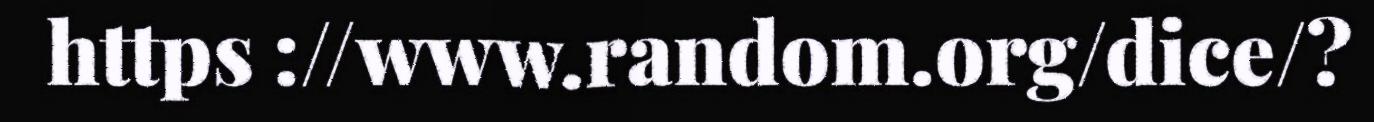
https ://www.random.org/dice/?